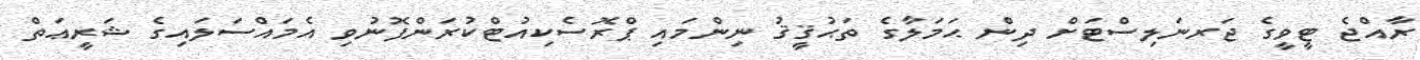
ރާއްޖެ ޓީވީގެ ޖަރނަލިސްޓަށް ދިން ޙަމަލާގެ ތަޙުޤީޤު ނިންމައި ޕްރޮސެކިއުޓްކުރަންފޮނުވި އެމައްސަލައިގެ ޝަރީޢަތް